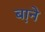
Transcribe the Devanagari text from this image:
ब़ाने